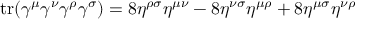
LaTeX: \operatorname { t r } ( \gamma ^ { \mu } \gamma ^ { \nu } \gamma ^ { \rho } \gamma ^ { \sigma } ) = 8 \eta ^ { \rho \sigma } \eta ^ { \mu \nu } - 8 \eta ^ { \nu \sigma } \eta ^ { \mu \rho } + 8 \eta ^ { \mu \sigma } \eta ^ { \nu \rho }